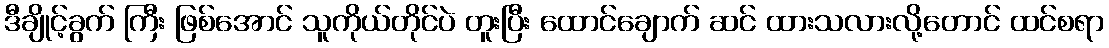
ဒီချိုင့်ခွက် ကြီး ဖြစ်အောင် သူကိုယ်တိုင်ပဲ တူးပြီး ထောင်ချောက် ဆင် ထားသလားလို့တောင် ထင်စရာ